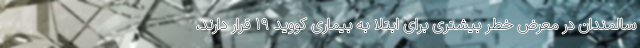
سالمندان در معرض خطر بیشتری برای ابتلا به بیماری کووید ۱۹ قرار دارند،